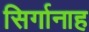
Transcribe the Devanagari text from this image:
सिर्गानाह